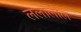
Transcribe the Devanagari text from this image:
ललालील